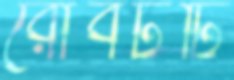
রোবটটি